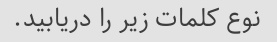
نوع کلمات زیر را دریابید.